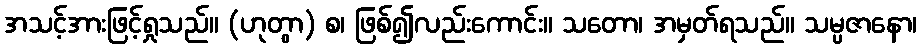
အသင့်အားဖြင့်ရှုသည်။ (ဟုတွာ) စ၊ ဖြစ်၍လည်းကောင်း။ သတော၊ အမှတ်ရသည်။ သမ္ပဇာနော၊